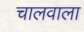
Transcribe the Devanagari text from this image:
चालवाला